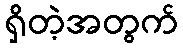
ရှိတဲ့အတွက်